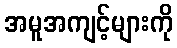
အမူအကျင့်များကို